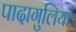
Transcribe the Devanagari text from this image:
पादागुलियाँ